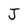
Character: J